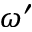
\omega ^ { \prime }